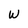
Character: W